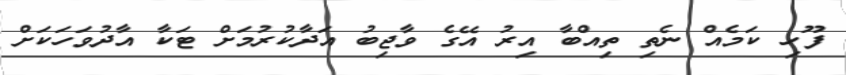
ފޫހި ކަމެއް ނެތި ތިއްބާ އިރު އޭގެ ވާޖިބު އަދާކުރުމަށް ޓަކާ އާދުވަހަކަށް